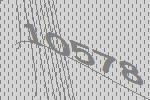
10578